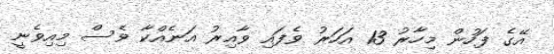
އޭގެ ފަހުން މިހާރު 13 އަހަރު ވެފައި ވާއިރު އަނެއްކާ ވެސް މިއިވެނީ